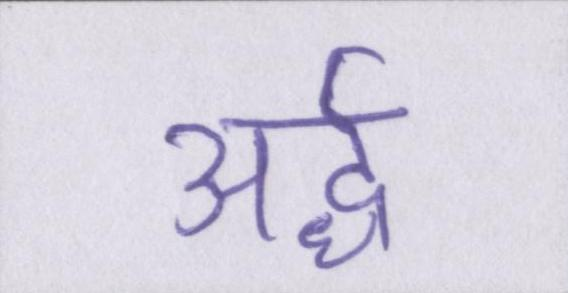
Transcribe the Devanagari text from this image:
अर्द्ध